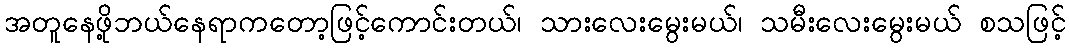
အတူနေဖို့ဘယ်နေရာကတော့ဖြင့်ကောင်းတယ်၊ သားလေးမွေးမယ်၊ သမီးလေးမွေးမယ် စသဖြင့်